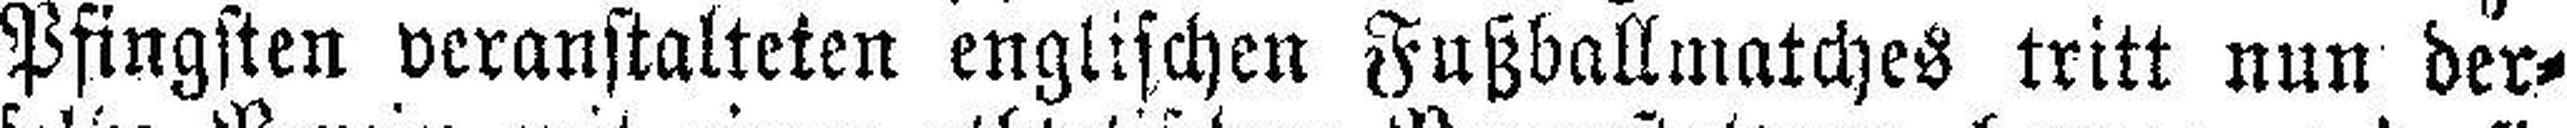
Pfingsten veranstalteten englischen Fußballmatches tritt nun der¬